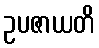
ဥပဇာယတိ